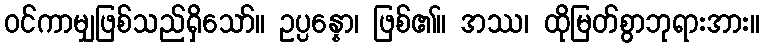
ဝင်ကာမျှဖြစ်သည်ရှိသော်။ ဥပ္ပန္နော၊ ဖြစ်၏။ အဿ၊ ထိုမြတ်စွာဘုရားအား။